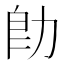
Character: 𪟙